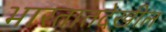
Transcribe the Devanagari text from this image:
भारतातदेखील